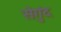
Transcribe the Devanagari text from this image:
सेगुंद